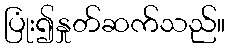
ပြုံး၍နှုတ်ဆက်သည်။